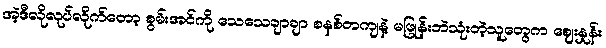
အဲ့ဒီလိုလုပ်လိုက်တော့ စွမ်းအင်ကို သေသေချာချာ စနစ်တကျနဲ့ မဖြုန်းဘဲသုံးတဲ့သူတွေက ဈေးနှုန်း